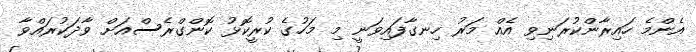
އެންމެ ހައިރާންކުރަނިވި އެއް މަރު ހިނގާފައިވަނީ މި މަހުގެ ކުރީކޮޅު ކޮންގްރެސްއަށް ވާދަކުރައްވާ